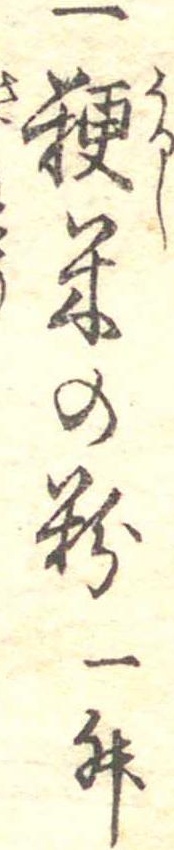
一粳米の粉一升